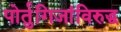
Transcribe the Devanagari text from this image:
पोर्तुगिजांविरुद्ध